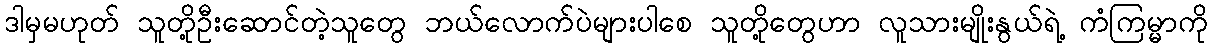
ဒါမှမဟုတ် သူတို့ဦးဆောင်တဲ့သူတွေ ဘယ်လောက်ပဲများပါစေ သူတို့တွေဟာ လူသားမျိုးနွယ်ရဲ့ ကံကြမ္မာကို